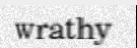
wrathy